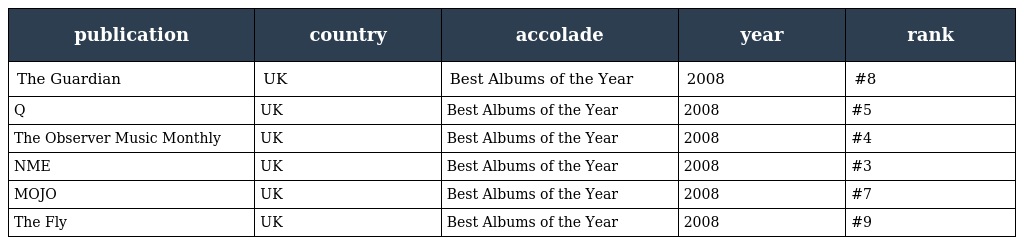
| publication | country | accolade | year | rank |
 | --- | --- | --- | --- | --- |
 | The Guardian | UK | Best Albums of the Year | 2008 | #8 |
 | Q | UK | Best Albums of the Year | 2008 | #5 |
 | The Observer Music Monthly | UK | Best Albums of the Year | 2008 | #4 |
 | NME | UK | Best Albums of the Year | 2008 | #3 |
 | MOJO | UK | Best Albums of the Year | 2008 | #7 |
 | The Fly | UK | Best Albums of the Year | 2008 | #9 |